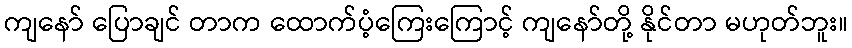
ကျနော် ပြောချင် တာက ထောက်ပံ့ကြေးကြောင့် ကျနော်တို့ နိုင်တာ မဟုတ်ဘူး။